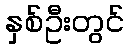
နှစ်ဦးတွင်